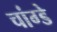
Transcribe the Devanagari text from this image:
चांग्डे